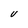
Character: V